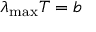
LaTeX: \lambda _ { \mathrm { m a x } } T = b